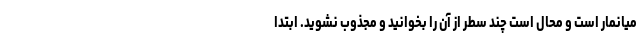
میانمار است و محال است چند سطر از آن را بخوانید و مجذوب نشوید. ابتدا